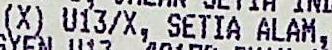
(X) U13/X, SETIA ALAM,